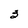
Character: 3